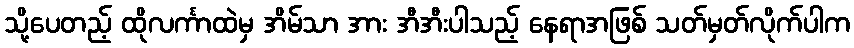
သို့ပေတည့် ထိုလင်္ကာထဲမှ အိမ်သာ အား အီအီးပါသည့် နေရာအဖြစ် သတ်မှတ်လိုက်ပါက